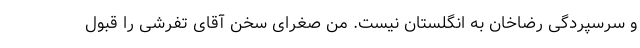
و سرسپردگی رضاخان به انگلستان نیست. من صغرای سخن آقای تفرشی را قبول